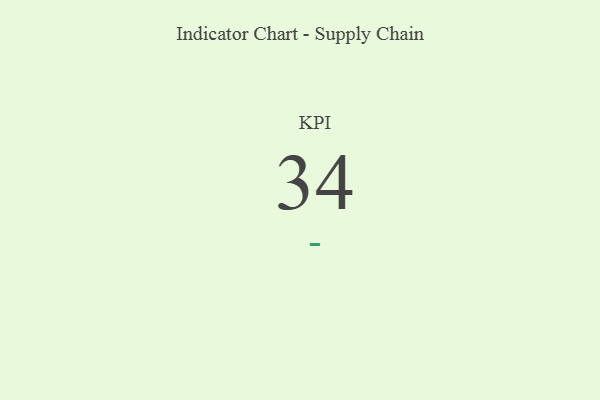
{"axis": {"x": "KPI", "y": "Value"}, "legend": [""], "data": [{"x": "KPI", "y": 34, "type": ""}]}